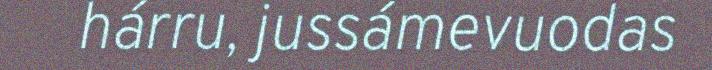
hárru, jussámevuodas